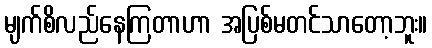
မျက်စိလည်နေကြတာဟာ အပြစ်မတင်သာတော့ဘူး။